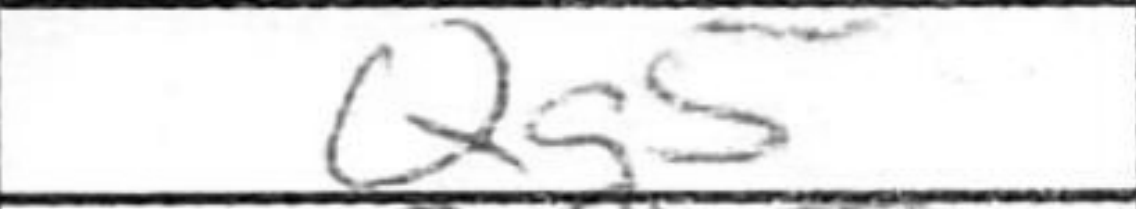
Transcription: Qg5